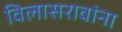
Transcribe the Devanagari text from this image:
विलासरावांना